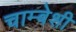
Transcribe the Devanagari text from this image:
चाम्बेशी